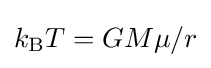
{\textstyle k_{\text{B}}T=GM\mu /r}